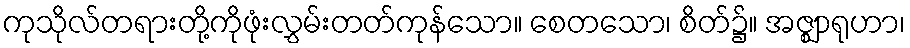
ကုသိုလ်တရားတို့ကိုဖုံးလွှမ်းတတ်ကုန်သော။ စေတသော၊ စိတ်၌။ အဇ္ဈာရုဟာ၊